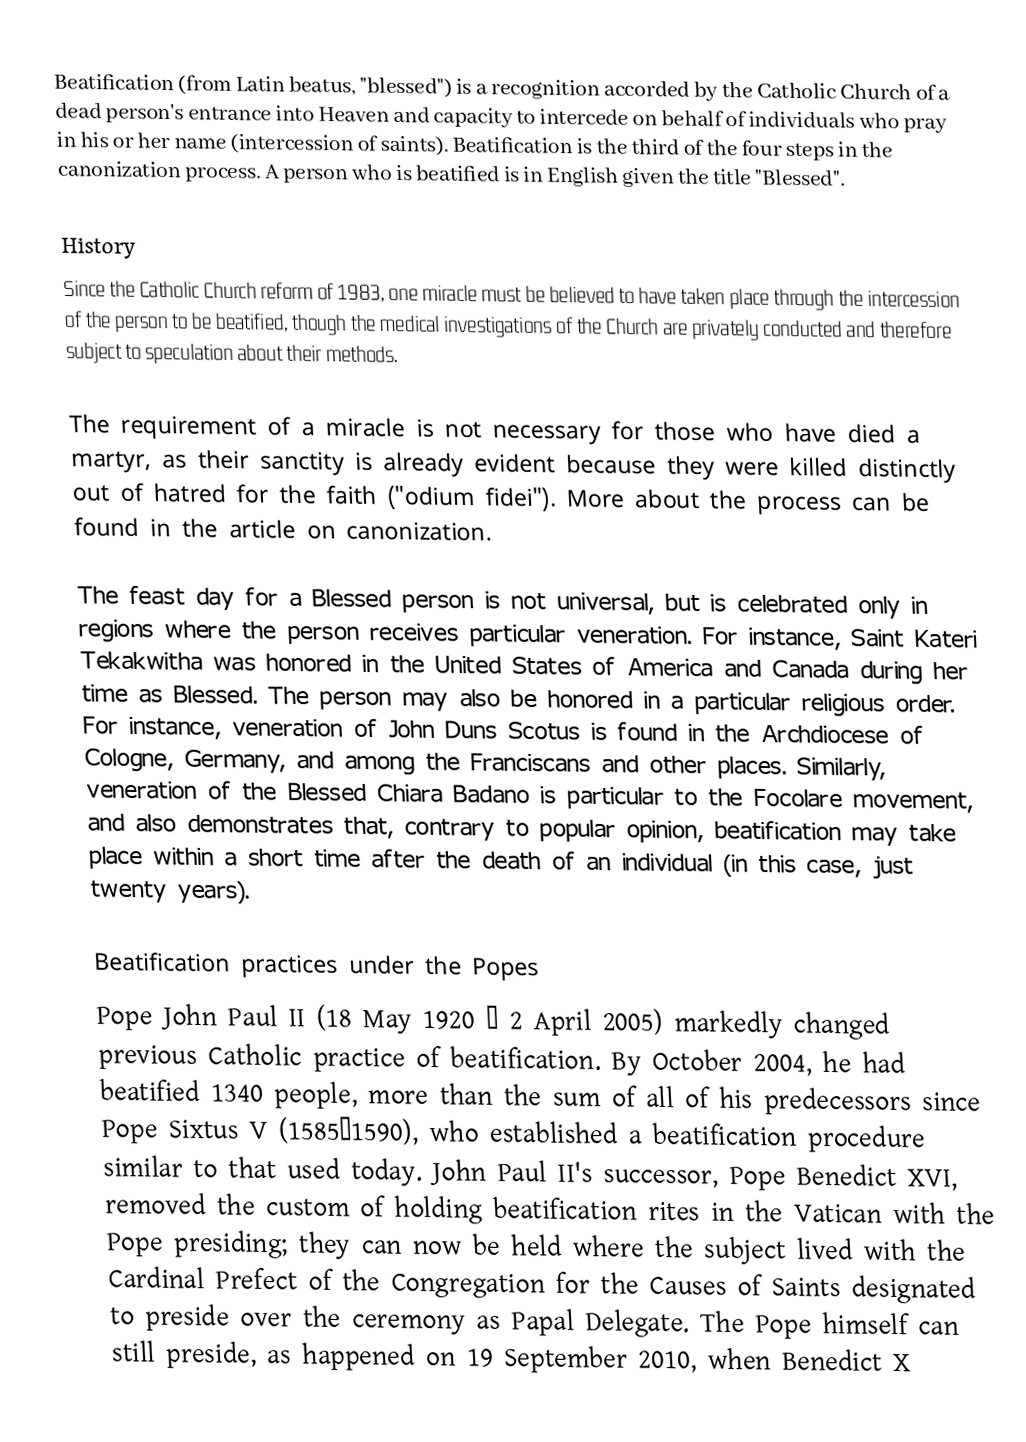
Beatification (from Latin beatus, "blessed") is a recognition accorded by the Catholic Church of a dead person's entrance into Heaven and capacity to intercede on behalf of individuals who pray in his or her name (intercession of saints). Beatification is the third of the four steps in the canonization process.  A person who is beatified is in English given the title "Blessed".

History
Since the Catholic Church reform of 1983, one miracle must be believed to have taken place through the intercession of the person to be beatified, though the medical investigations of the Church are privately conducted and therefore subject to speculation about their methods.

The requirement of a miracle is not necessary for those who have died a martyr, as their sanctity is already evident because they were killed distinctly out of hatred for the faith ("odium fidei"). More about the process can be found in the article on canonization.

The feast day for a Blessed person is not universal, but is celebrated only in regions where the person receives particular veneration. For instance, Saint Kateri Tekakwitha was honored in the United States of America and Canada during her time as Blessed. The person may also be honored in a particular religious order. For instance, veneration of John Duns Scotus is found in the Archdiocese of Cologne, Germany, and among the Franciscans and other places. Similarly, veneration of the Blessed Chiara Badano is particular to the Focolare movement, and also demonstrates that, contrary to popular opinion, beatification may take place within a short time after the death of an individual (in this case, just twenty years).

Beatification practices under the Popes
Pope John Paul II (18 May 1920 – 2 April 2005) markedly changed previous Catholic practice of beatification. By October 2004, he had beatified 1340 people, more than the sum of all of his predecessors since Pope Sixtus V (1585–1590), who established a beatification procedure similar to that used today. John Paul II's successor, Pope Benedict XVI, removed the custom of holding beatification rites in the Vatican with the Pope presiding; they can now be held where the subject lived with the Cardinal Prefect of the Congregation for the Causes of Saints designated to preside over the ceremony as Papal Delegate. The Pope himself can still preside, as happened on 19 September 2010, when Benedict X